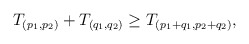
\begin{align*}T_{(p_1, p_2)} + T_{(q_1, q_2)} \geq T_{(p_1+q_1, p_2+q_2)}, \end{align*}